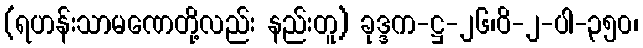
(ရဟန်းသာမဏေတို့လည်း နည်းတူ) ခုဒ္ဒက-ဋ္ဌ-၂၆၊ဝိ-၂-ပါ-၃၅၀၊